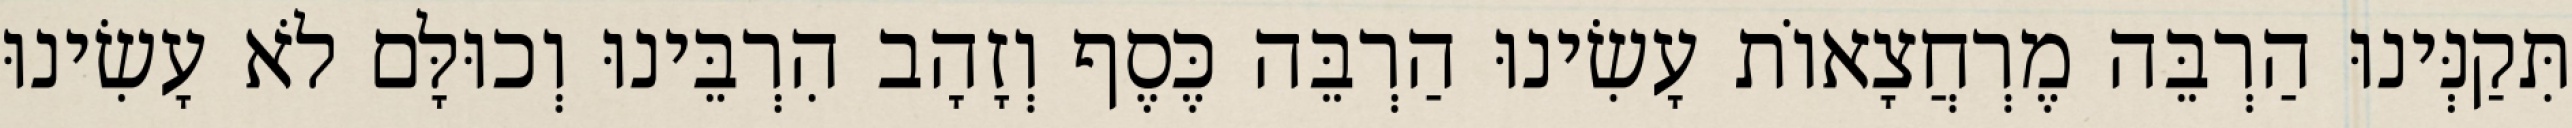
תִּקַנְּינוּ הַרְבֵּה מֶרְחֲצָאוֹת עָשִׂינוּ הַרְבֵּה כֶּסֶף וְזָהָב הִרְבֵּינוּ וְכוּלָּם לֹא עָשִׂינוּ